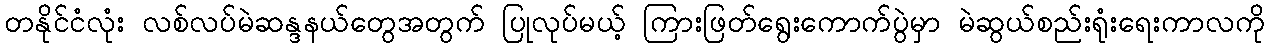
တနိုင်ငံလုံး လစ်လပ်မဲဆန္ဒနယ်တွေအတွက် ပြုလုပ်မယ့် ကြားဖြတ်ရွေးကောက်ပွဲမှာ မဲဆွယ်စည်းရုံးရေးကာလကို